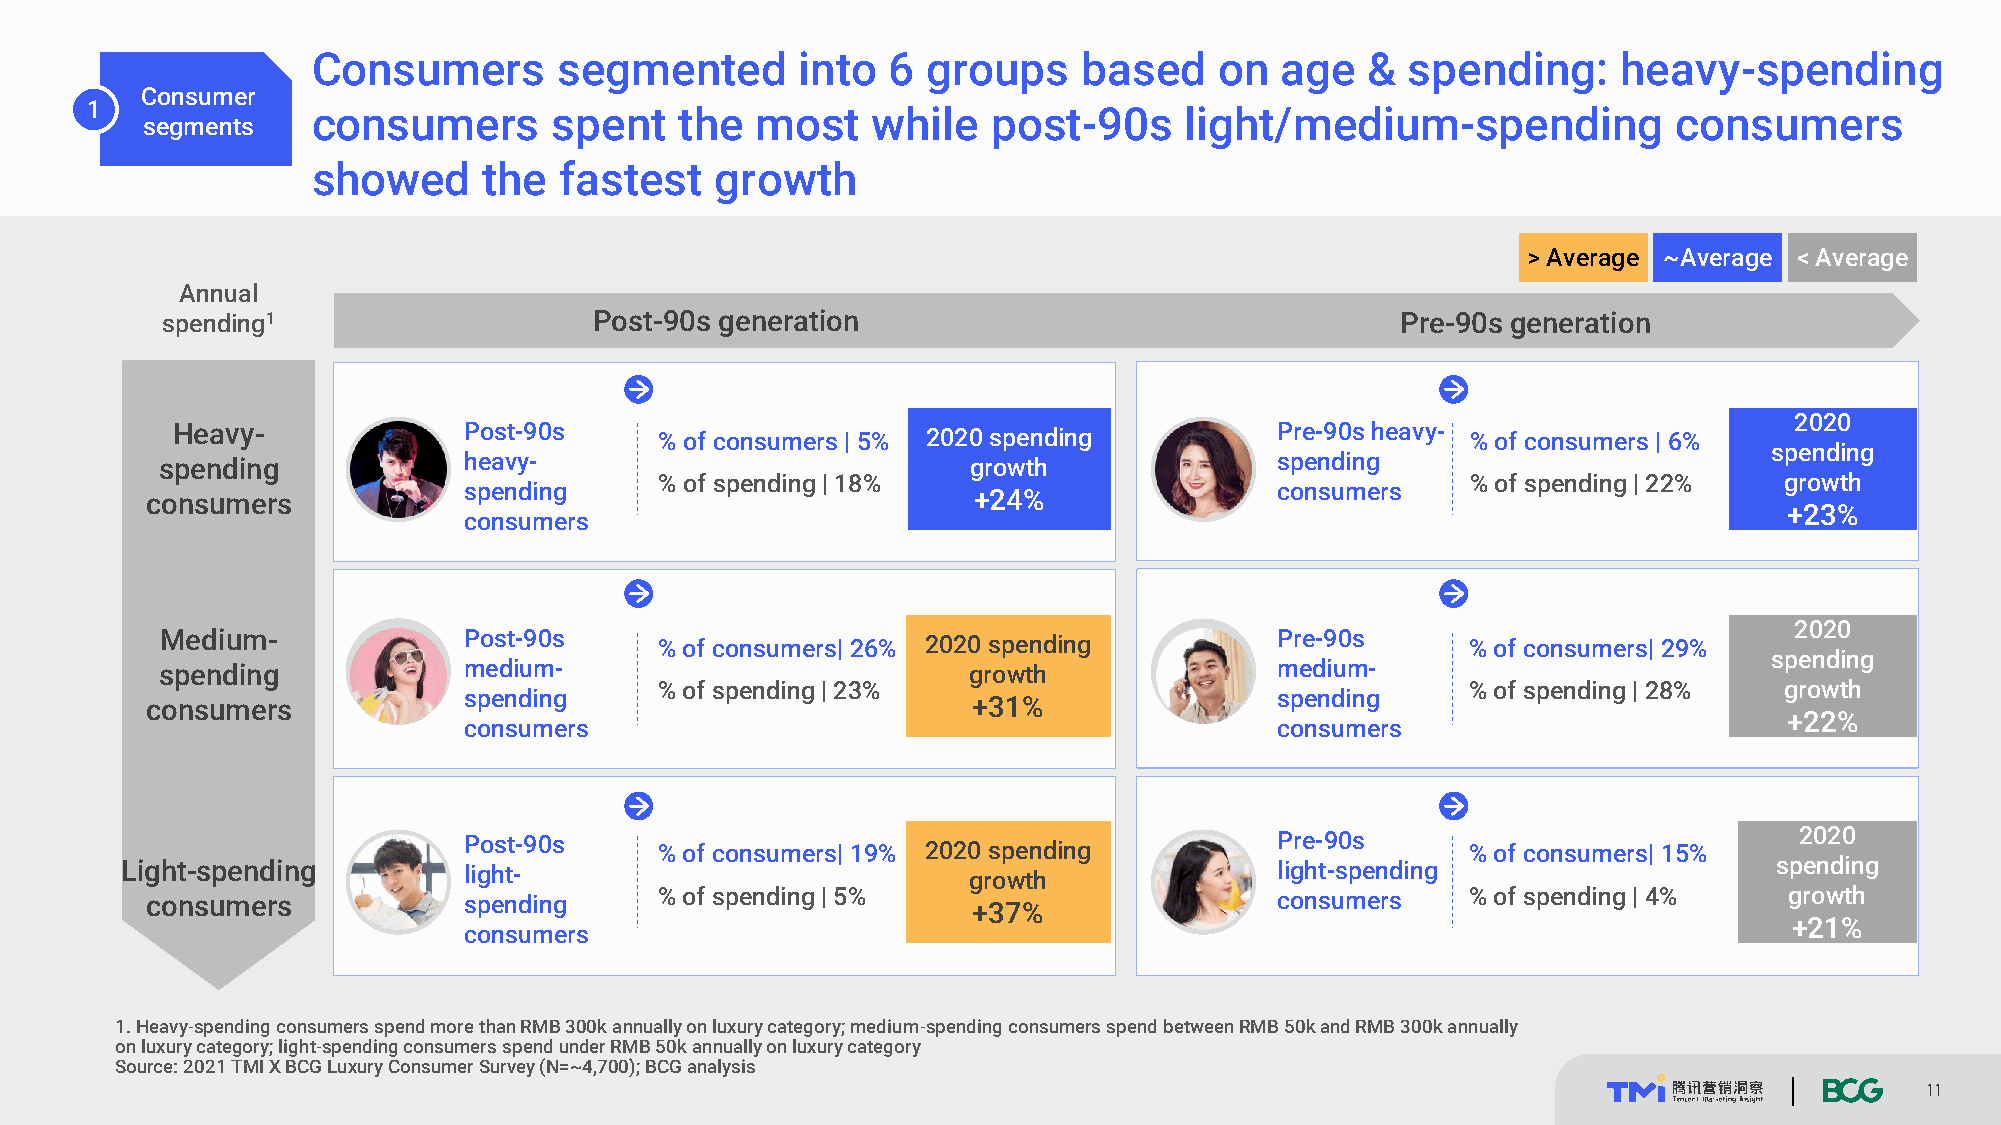
Consumers       segmented       into  6 groups     based    on  age  &  spending:     heavy-spending
 Consumer
 1
 consumers       spent   the  most    while   post-90s    light/medium-spending            consumers
 segments
 showed     the  fastest   growth
 > Average ~Average < Average
 Annual
 spending1                   Post-90s generation                                   Pre-90s generation
 2020
 Heavy-              Post-90s     % of consumers | 5% 2020 spending       Pre-90s heavy- % of consumers | 6%
 spending
 spending            heavy-                           growth              spending
 % of spending | 18%                                  % of spending | 22%  growth
 spending                                             consumers
 consumers                                             +24%
 +23%
 consumers
 2020
 Medium-             Post-90s     % of consumers| 26% 2020 spending       Pre-90s      % of consumers| 29%
 spending
 spending            medium-                          growth              medium-
 % of spending | 23%                                  % of spending | 28%  growth
 spending                                             spending
 consumers                                             +31%
 +22%
 consumers                                            consumers
 Post-90s     % of consumers| 19% 2020 spending        Pre-90s     % of consumers| 15%   2020
 Light-spending         light-                           growth               light-spending                   spending
 consumers            spending     % of spending | 5%                       consumers   % of spending | 4%   growth
 +37%
 +21%
 consumers
 1. Heavy-spending consumers spend more than RMB 300k annually on luxury category; medium-spending consumers spend between RMB 50k and RMB 300k annually
 on luxury category; light-spending consumers spend under RMB 50k annually on luxury category
 Source: 2021 TMIX BCG Luxury Consumer Survey (N=~4,700); BCG analysis
 11